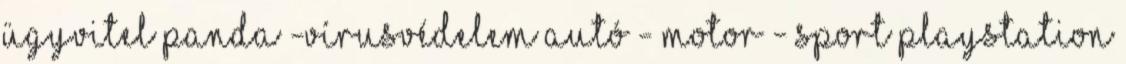
ügyvitel Panda -vírusvédelem AUTÓ - MOTOR - SPORT PlayStation